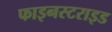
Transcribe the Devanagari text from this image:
फाइनस्टराइड